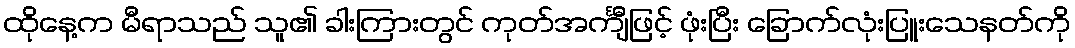
ထိုနေ့က မီရာသည် သူ၏ ခါးကြားတွင် ကုတ်အင်္ကျီဖြင့် ဖုံးပြီး ခြောက်လုံးပြူးသေနတ်ကို